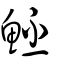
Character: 魾